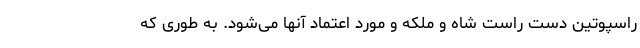
راسپوتین دست راست شاه و ملکه و مورد اعتماد آنها می‌شود. به طوری که